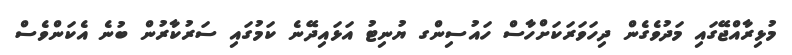
މުޅިރާއްޖޭގައި މަދުވެގެން ދިހަވަރަކަށްހާސް ހައުސިންގ ޔުނިޓު އަޅައިދޭނެ ކަމުގައި ސަރުކާރުން ބުނެ އެކަންވެސް